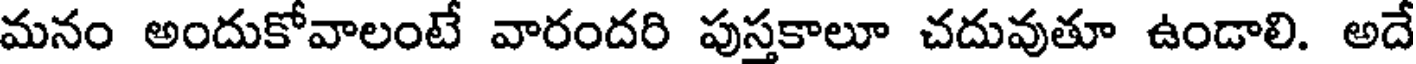
మనం అందుకోవాలంటే వారందరి పుస్తకాలూ చదువుతూ ఉండాలి. అదే